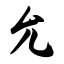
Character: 允